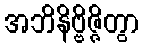
အဘိနိဗ္ဗိဇ္ဇိတွာ